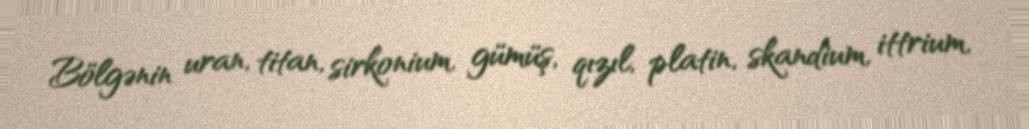
Bölgənin uran, titan, sirkonium, gümüş, qızıl, platin, skandium, ittrium,